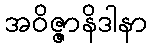
အဝိဇ္ဇာနိဒါနာ